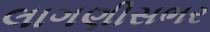
લાગણીસભર